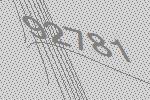
92781